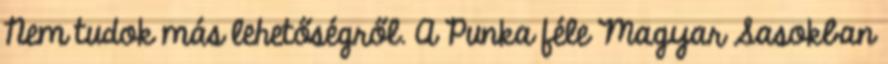
Nem tudok más lehetőségről. A Punka féle Magyar Sasokban